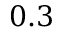
0 . 3